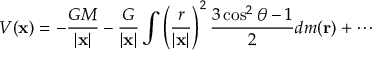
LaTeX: V ( \mathbf { x } ) = - { \frac { G M } { | \mathbf { x } | } } - { \frac { G } { | \mathbf { x } | } } \int \left( { \frac { r } { | \mathbf { x } | } } \right) ^ { 2 } { \frac { 3 \cos ^ { 2 } \theta - 1 } { 2 } } d m ( \mathbf { r } ) + \cdots